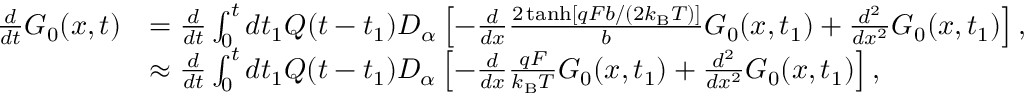
\begin{array} { r l } { \frac { d } { d t } G _ { 0 } ( x , t ) } & { = \frac { d } { d t } \int _ { 0 } ^ { t } d t _ { 1 } Q ( t - t _ { 1 } ) D _ { \alpha } \left[ - \frac { d } { d x } \frac { 2 \operatorname { t a n h } [ q F b / ( 2 k _ { \mathrm { B } } T ) ] } { b } G _ { 0 } ( x , t _ { 1 } ) + \frac { d ^ { 2 } } { d x ^ { 2 } } G _ { 0 } ( x , t _ { 1 } ) \right] , } \\ & { \approx \frac { d } { d t } \int _ { 0 } ^ { t } d t _ { 1 } Q ( t - t _ { 1 } ) D _ { \alpha } \left[ - \frac { d } { d x } \frac { q F } { k _ { \mathrm { B } } T } G _ { 0 } ( x , t _ { 1 } ) + \frac { d ^ { 2 } } { d x ^ { 2 } } G _ { 0 } ( x , t _ { 1 } ) \right] , } \end{array}